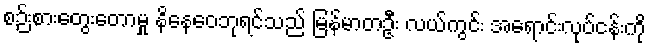
စဉ်းစားတွေးတောမှု နိနေဝေဘုရင်သည် မြန်မာတဦး လယ်ကွင်း အရောင်းလုပ်ငန်းကို